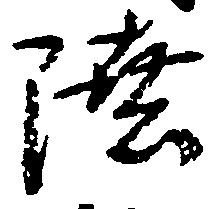
陸